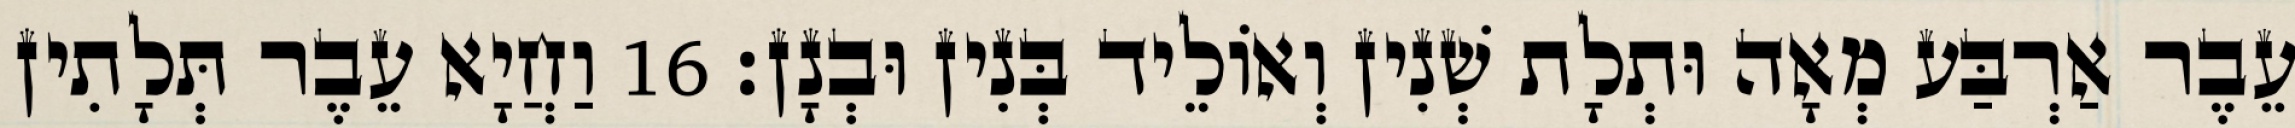
עֵבֶר אַרְבַּע מְאָה וּתְלָת שְׁנִין וְאוֹלֵיד בְּנִין וּבְנָן׃ 16 וַחֲיָא עֵבֶר תְּלָתִין